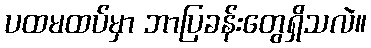
ပထမထပ်မှာ ဘာပြခန်းတွေရှိသလဲ။